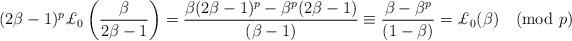
LaTeX: \begin{align*}(2\beta-1)^p\pounds_0\left(\frac{\beta}{2\beta-1}\right)=\frac{\beta(2\beta-1)^p-\beta^p(2\beta-1)}{(\beta-1)}\equiv\frac{\beta-\beta^p}{(1-\beta)}=\pounds_0(\beta)\pmod{p}\end{align*}